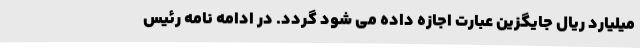
میلیارد ریال جایگزین عبارت اجازه داده می شود گردد. در ادامه نامه رئیس